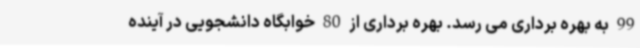
99 به بهره برداری می رسد. بهره برداری از 80 خوابگاه دانشجویی در آینده